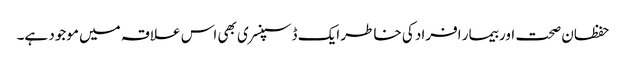
حفظان صحت اور بیمار افراد کی خاطر ایک ڈسپنسری بھی اس علاقہ میں موجود ہے۔